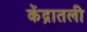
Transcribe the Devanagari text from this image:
केंद्रातली